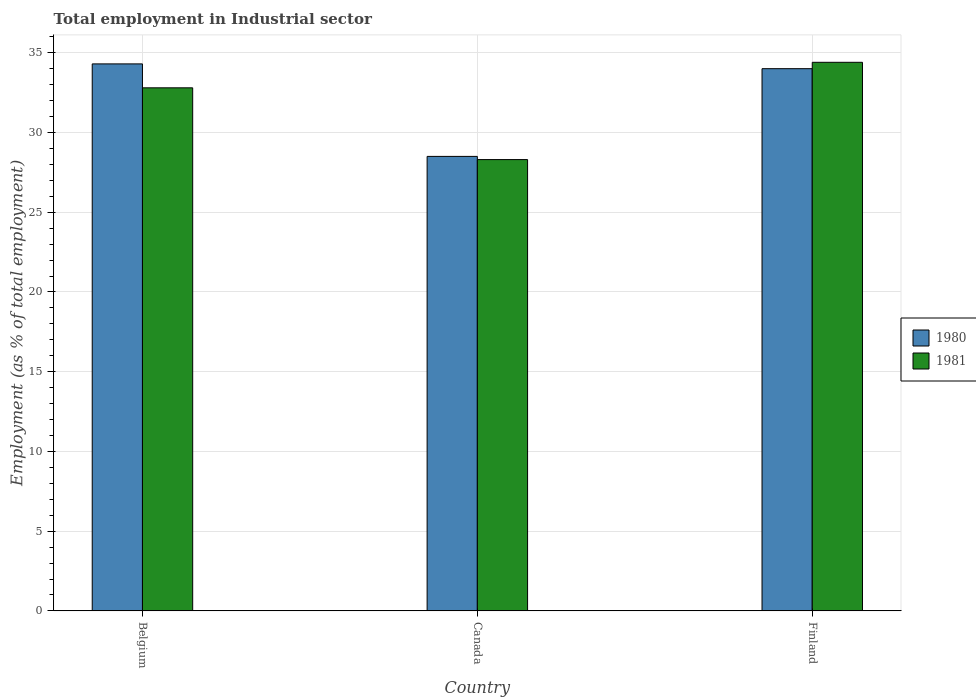
| Country | 1980 | 1981 |
 | --- | --- | --- |
 | Belgium | 34.3 | 32.8 |
 | Canada | 28.5 | 28.3 |
 | Finland | 34 | 34.4 |